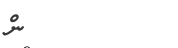
ން